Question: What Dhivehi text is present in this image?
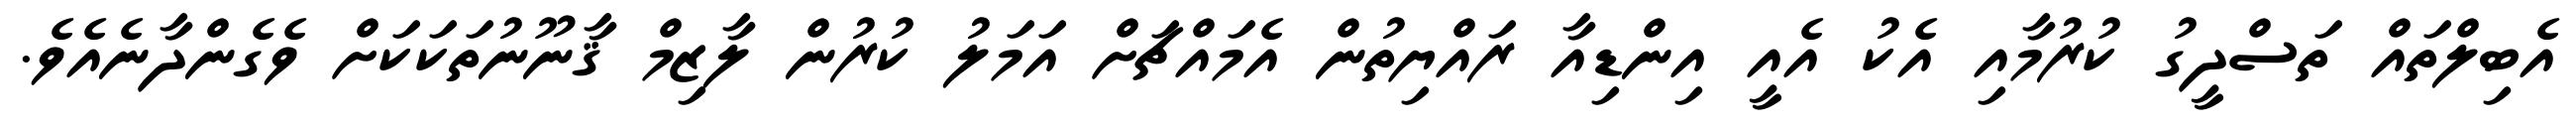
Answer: އެބިލްތައް ތަސްދީގު ކުރުމާއި އެކު އެއީ އިންޑިއާ ރައްޔިތުން އެމައްޗަށް އަމަލު ކުރުން ލާޒިމް ޤާނޫނުތަކަކަށް ވެގެންދާނެއެވެ.